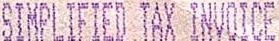
SIMPLIFIED TAX INVOICE